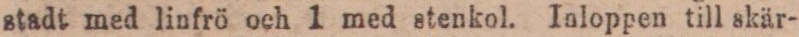
stadt med linfrö och 1 med stenkol. Inloppen till skär-